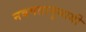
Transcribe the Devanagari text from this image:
नवमतानुयायी